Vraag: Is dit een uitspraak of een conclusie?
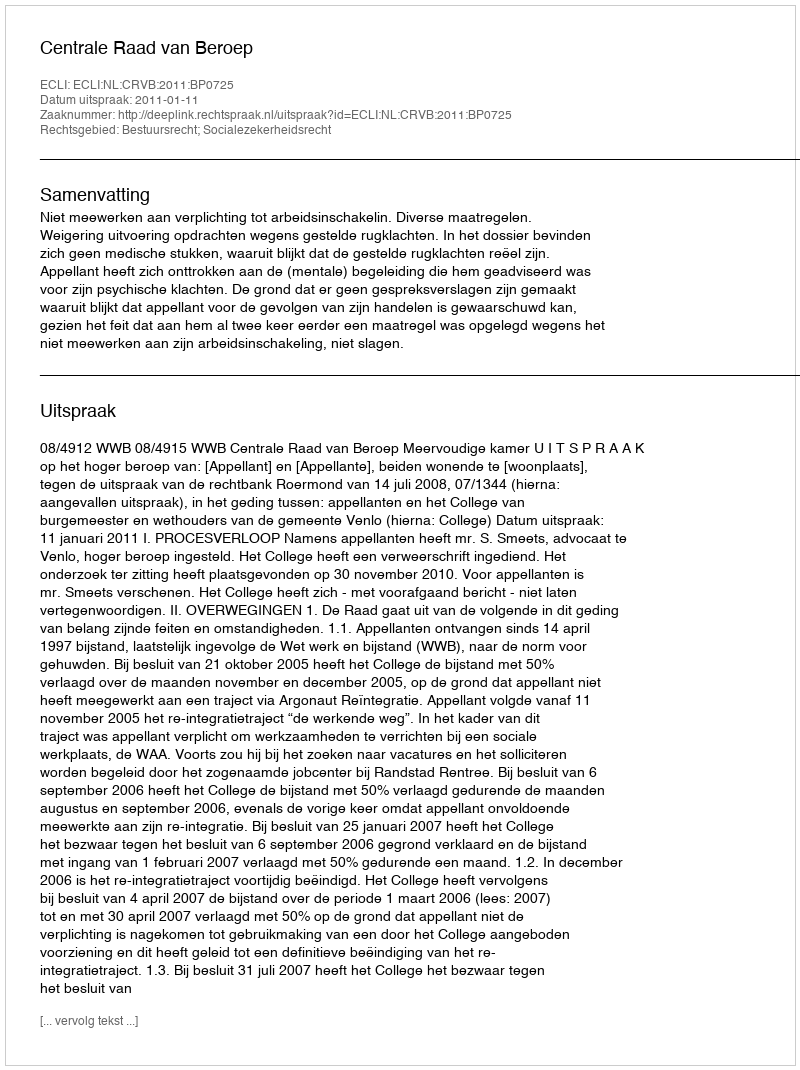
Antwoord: Uitspraak